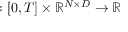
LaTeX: \mathbf { \sigma } : [ 0 , T ] \times \mathbb { R } ^ { N \times D } \rightarrow \mathbb { R }